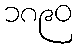
၁၈၉၀